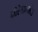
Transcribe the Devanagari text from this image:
कोरेगाव।खेड